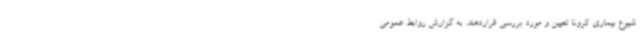
شیوع بیماری کرونا تعیین و مورد بررسی قراردهند. به گزارش روابط عمومی